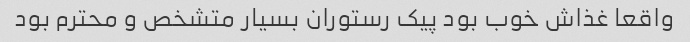
واقعا غذاش خوب بود پیک رستوران بسیار متشخص و محترم بود